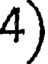
4)